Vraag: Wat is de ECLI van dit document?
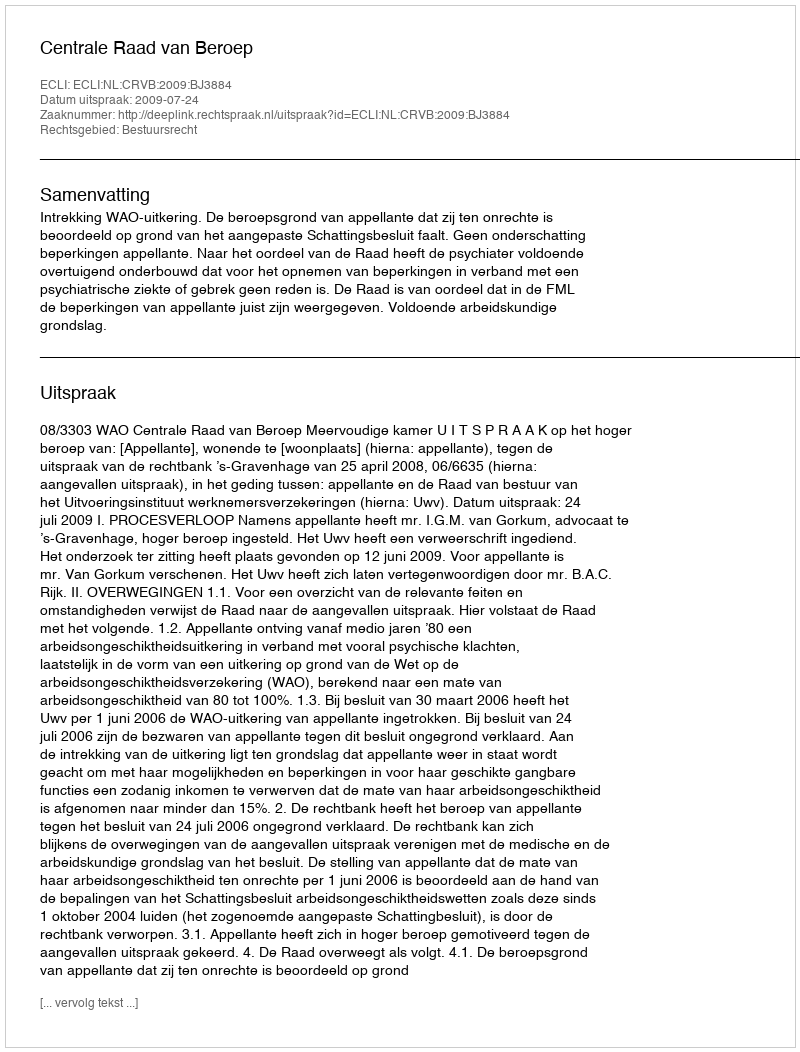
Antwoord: ECLI:NL:CRVB:2009:BJ3884